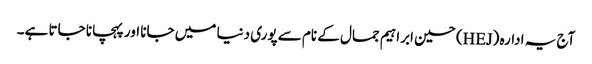
آج یہ ادارہ (HEJ) حسین ابراہیم جمال کے نام سے پوری دنیا میں جانا اور پہچانا جاتا ہے۔